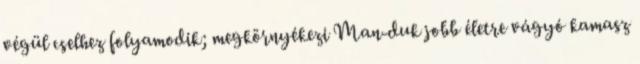
végül cselhez folyamodik; megkörnyékezi Man-duk jobb életre vágyó kamasz